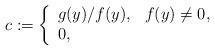
LaTeX: \begin{align*}c:=\left\{\begin{array}[c]{ll}g(y)/f(y), & f(y)\neq0,\\0, & \end{array}\right.\end{align*}